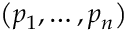
\left( p _ { 1 } , \ldots , p _ { n } \right)